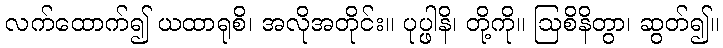
လက်ထောက်၍ ယထာရုစိ၊ အလိုအတိုင်း။ ပုပ္ဖါနိ၊ တို့ကို။ ဩစိနိတွာ၊ ဆွတ်၍။